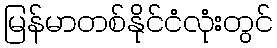
မြန်မာတစ်နိုင်ငံလုံးတွင်